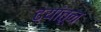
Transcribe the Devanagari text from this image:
ढ्यांतून